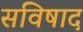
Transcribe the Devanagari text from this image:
सविषाद